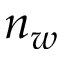
n _ { w }